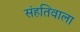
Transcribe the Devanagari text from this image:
संहतिवाला